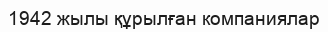
1942 жылы құрылған компаниялар